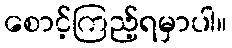
စောင့်ကြည့်ရမှာပါ။